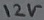
Text: 12V